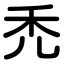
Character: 禿